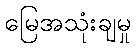
မြေအသုံးချမှု